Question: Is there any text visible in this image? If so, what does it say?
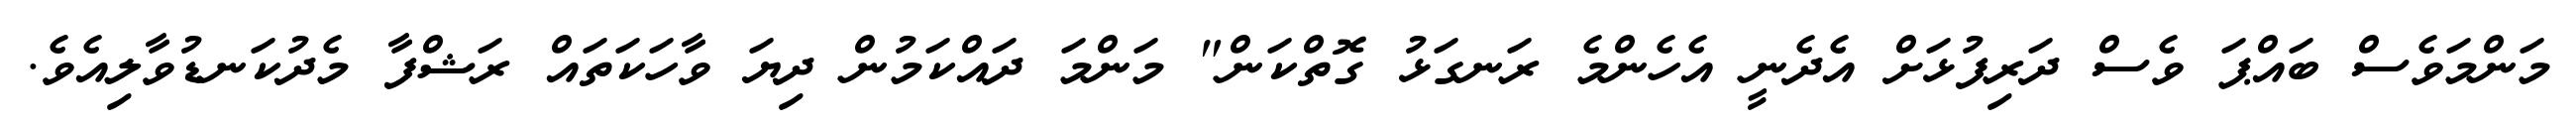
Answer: މަންމަވެސް ބައްޕަ ވެސް ދަރިފުޅަށް އެދެނީ އެހެންމެ ރަނގަޅު ގޮތްކަން" މަންމަ ދައްކަމުން ދިޔަ ވާހަކަތައް ރަޝްފާ މެދުކަނޑުވާލިއެވެ.